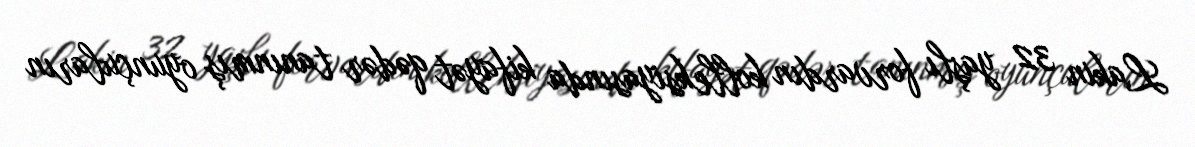
Lakin 32 yaşlı forvardın kolleksiyasında kifayət qədər tanınmış oyunçuların